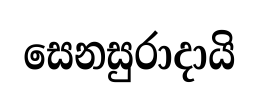
සෙනසුරාදායි